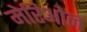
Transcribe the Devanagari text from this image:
मेरिओन